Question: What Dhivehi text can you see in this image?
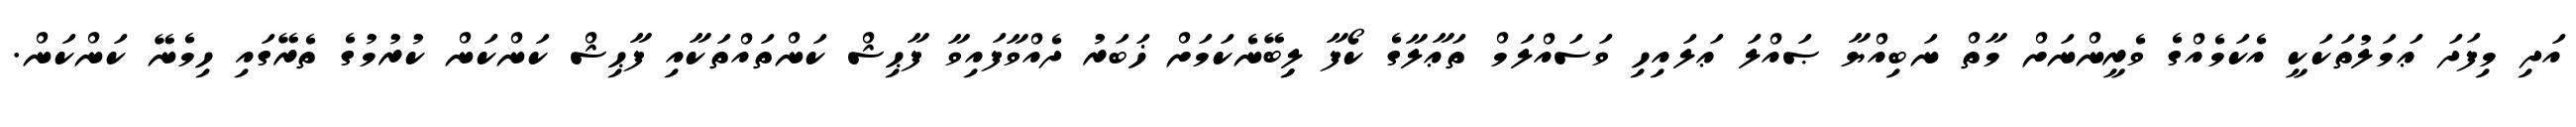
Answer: އަދި މިފަދަ ޢަމަލުތަކަކީ އެކަމެއްގެ ވެރީންނަށް މާތް ނަބިއްޔާ ޞައްލަ ޢަލައިހި ވަސައްލަމް ތަޢާލާގެ ކޯފާ ލިިބޭނެކަމަށް ޚަބަރު ދެއްވާފައިވާ ފާޙިޝް ކަންތައްތަކާއި ފާޙިޝް ކަންކަން ކުރުމުގެ ތެރޭގައި ހިމެނޭ ކަންކަން.